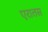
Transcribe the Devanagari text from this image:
एरातस